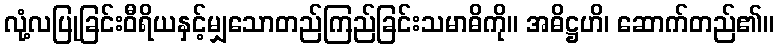
လုံ့လပြုခြင်းဝီရိယနှင့်မျှသောတည်ကြည်ခြင်းသမာဓိကို။ အဓိဋ္ဌဟိ၊ ဆောက်တည်၏။